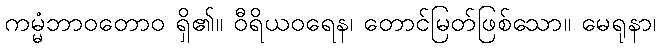
ကမ္မံဘာဝတောဝ ရှိ၏။ ဝီရိယဝရေန၊ တောင်မြတ်ဖြစ်သော။ မေရုနာ၊